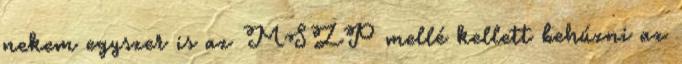
nekem egyszer is az MSZP mellé kellett behúzni az